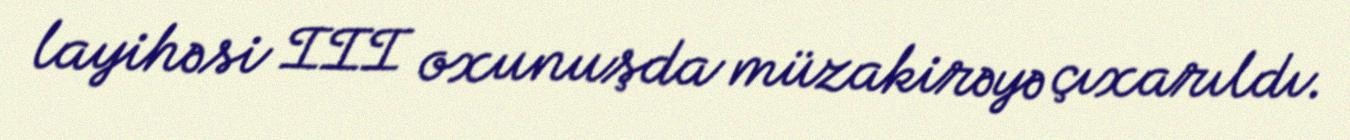
layihəsi III oxunuşda müzakirəyə çıxarıldı.